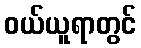
ဝယ်ယူရာတွင်